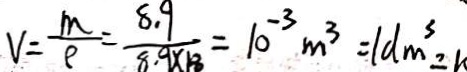
V = \frac { m } { \rho } = \frac { 8 . 9 } { 8 . 9 \times 1 8 } = 1 0 ^ { - 3 } m ^ { 3 } = 1 d m ^ { 3 } = k